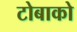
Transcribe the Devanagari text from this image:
टोबाको